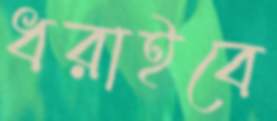
ধরাইবে